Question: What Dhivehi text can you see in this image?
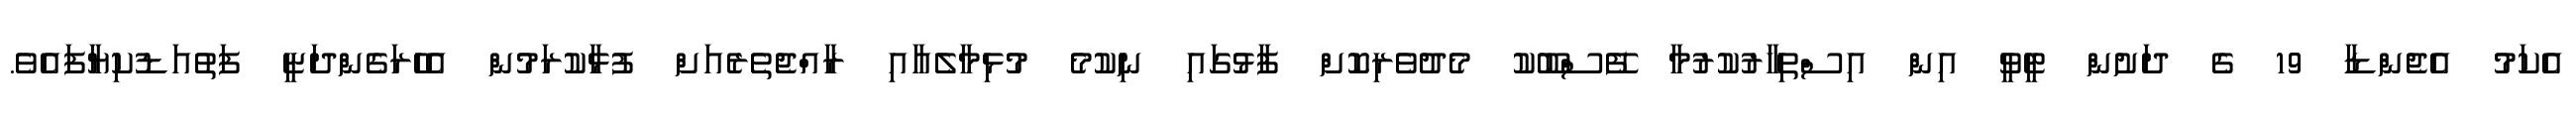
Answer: އެކަމު އެޖެންޑާ 19 ގެ ދަށުން ޓީވީ އިން އިސްތިހާރުކުރުމާ ފޭސްބޫކު މެދުވެރިކޮށް ފާޅުގައި ނިކުމެ މުޅިމާލެއާއި ރާއްޖެތެރެއަށް ފުޅާކުރަމުން އެހެރަގެންދަޏީ ފަތުއަޑުކިޔާފައެވެ.